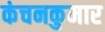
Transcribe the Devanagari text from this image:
कंचनकुमार